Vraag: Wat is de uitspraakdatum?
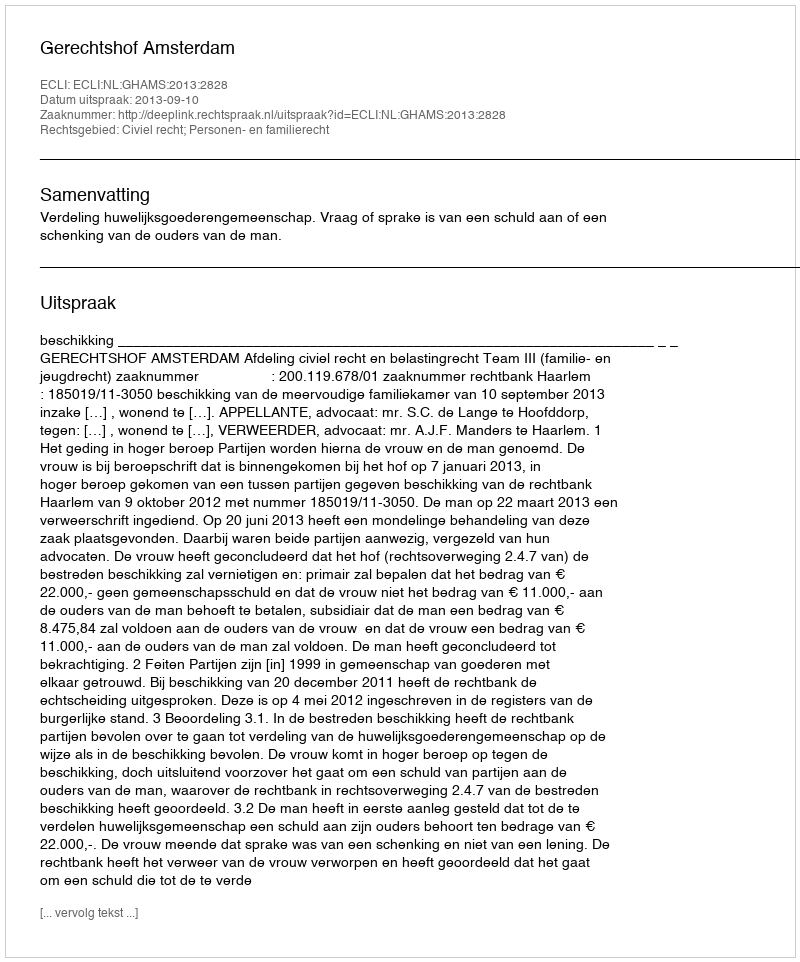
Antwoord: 2013-09-10